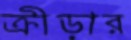
ক্রীড়ার